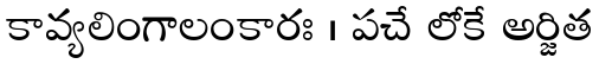
కావ్యలింగాలంకారః । పచే లోకే అర్జిత